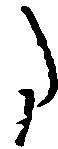
た